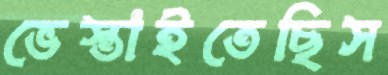
ভেস্তাইতেছিস